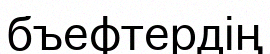
бъефтердің